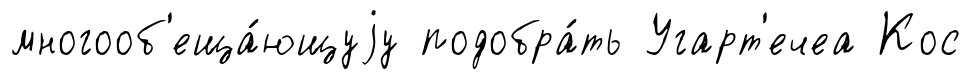
многооб'еща́ющуjу подобра́ть Угарт'ечеа Кос